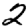
Digit: 2